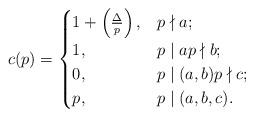
LaTeX: \begin{align*}c(p)= \begin{cases}1+\left( \frac{\Delta}{p} \right), & p \nmid a; \\1, & p \mid a p \nmid b; \\0, & p \mid (a,b) p \nmid c; \\p, & p \mid (a, b, c).\end{cases}\end{align*}